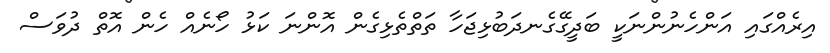
އިރެއްގައި އަންހެނުންނަކީ ބަދީގޭގެނދަބުޅިޖަހާ ތަތްތެޅިގެން އޮންނަ ކަޅު ހޯނެއް ހެން އޮތް ދުވަސް